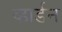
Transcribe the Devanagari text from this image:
व्हार्डन